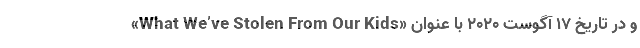
و در تاریخ ۱۷ آگوست ۲۰۲۰ با عنوان «What We’ve Stolen From Our Kids»